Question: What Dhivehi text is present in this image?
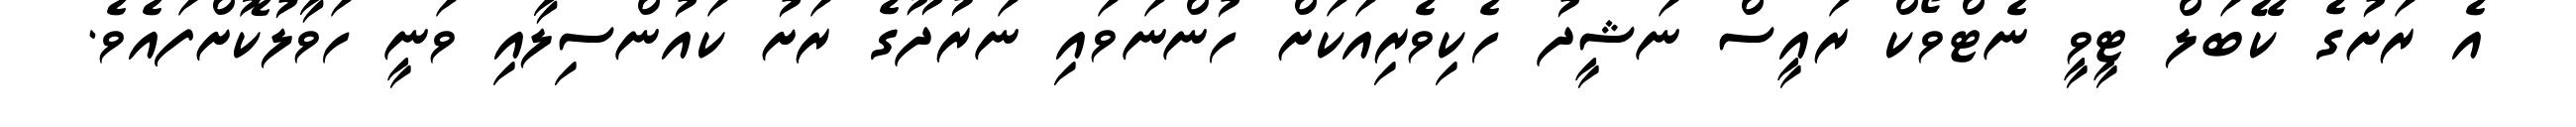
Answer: އެ ރަށުގެ ކޭބަލް ޓީވީ ނެޓްވޯކް ރައީސް ނަޝީދު ހެކިވެރިއަކަށް ހުންނަވައި ނަރުދޫގެ ރަށު ކައުންސިލާއި ވަނީ ހަވާލުކޮށްފައެވެ.